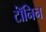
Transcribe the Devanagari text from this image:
टॉंनिन